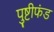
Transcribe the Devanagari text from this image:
पुष्टीफंड